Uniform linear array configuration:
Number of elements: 16
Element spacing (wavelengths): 1
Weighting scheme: cosine
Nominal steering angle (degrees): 60
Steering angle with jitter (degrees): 60.949
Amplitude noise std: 0.05
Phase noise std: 0.05

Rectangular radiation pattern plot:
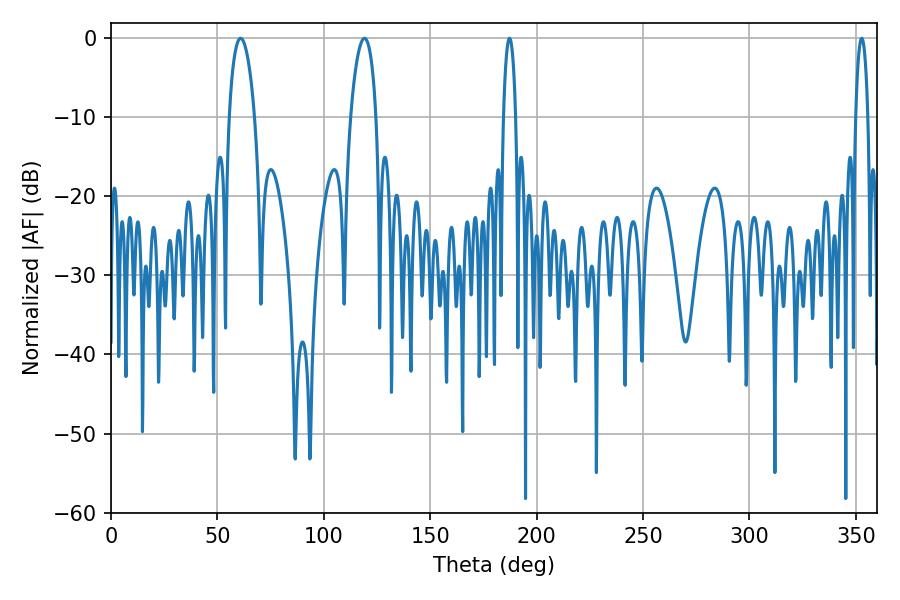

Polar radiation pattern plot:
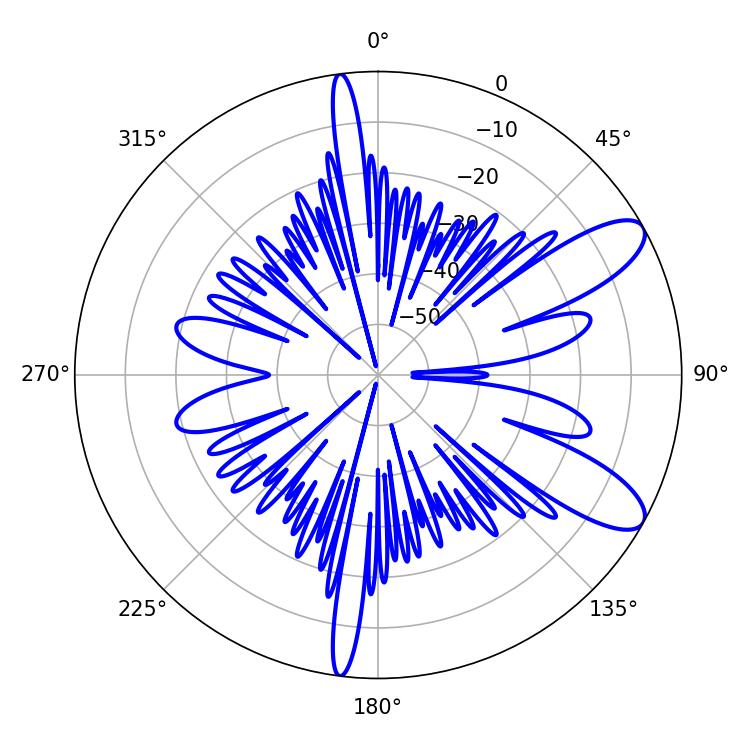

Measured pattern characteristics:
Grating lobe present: TRUE
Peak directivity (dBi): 9.876
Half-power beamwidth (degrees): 6.66
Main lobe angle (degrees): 119.16